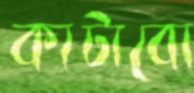
কাটাবো